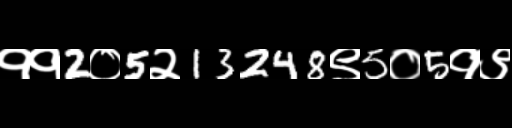
Text: ११2०5२13248९5०5१९